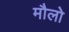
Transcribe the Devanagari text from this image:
मौलो